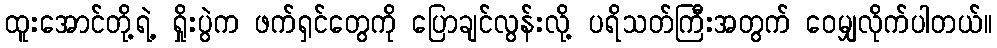
ထူးအောင်တို့ရဲ့ ရှိုးပွဲက ဖက်ရှင်တွေကို ပြောချင်လွန်းလို့ ပရိသတ်ကြီးအတွက် ဝေမျှလိုက်ပါတယ်။